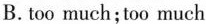
B.too much;too much